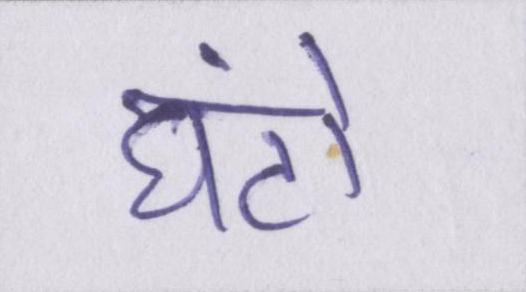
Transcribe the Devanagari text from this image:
घंटों